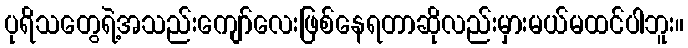
ပုရိသတွေရဲ့အသည်းကျော်လေးဖြစ်နေရတာဆိုလည်းမှားမယ်မထင်ပါဘူး။